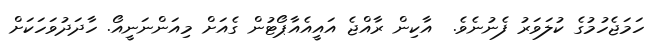
ހަމަޖެހުމުގެ ކުލަވަރު ފެނުނެވެ.  އާކިން ރާއްޖެ އައީއެއާޕޯޓުން ގެއަށް މިއަންނަނީއޯ. ހާދަދުވަހަކަށް